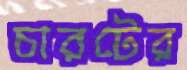
চারটের